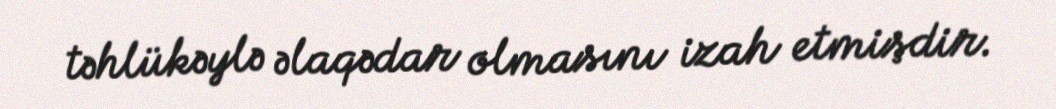
təhlükəylə əlaqədar olmasını izah etmişdir.